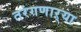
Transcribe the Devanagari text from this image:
तरंगणाऱ्या